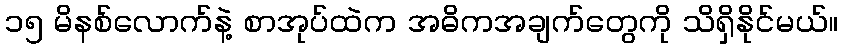
၁၅ မိနစ်လောက်နဲ့ စာအုပ်ထဲက အဓိကအချက်တွေကို သိရှိနိုင်မယ်။